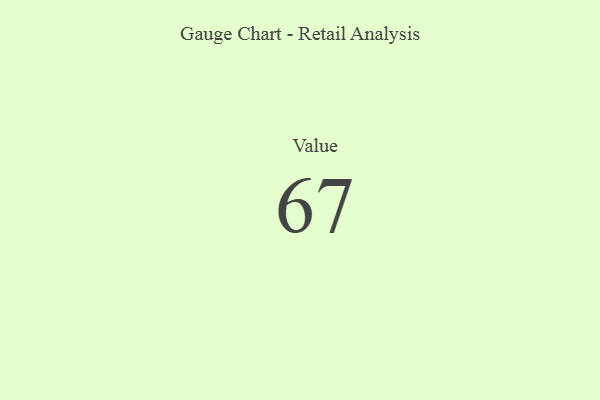
{"axis": {"x": "Metric", "y": "Value"}, "legend": [""], "data": [{"x": "Value", "y": 67, "type": ""}]}